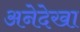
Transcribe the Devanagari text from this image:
अनेदेखा